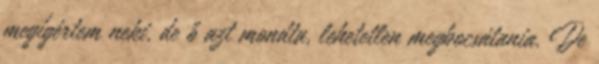
megígértem neki, de ő azt mondta, lehetetlen megbocsátania. De